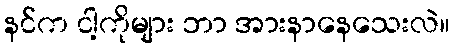
နင်က ငါ့ကိုများ ဘာ အားနာနေသေးလဲ။